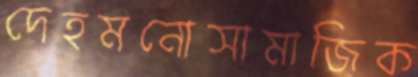
দেহমনোসামাজিক